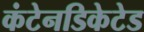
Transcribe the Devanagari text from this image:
कंटेनडिकेटेड